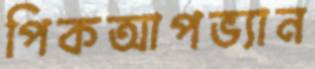
পিকআপভ্যান